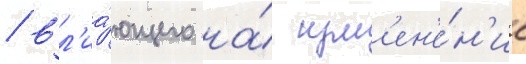
/ вл'иа́ющего на́ изм'ен'е́н'ие